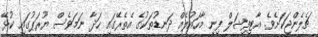
ޗެލެންޖަކަށެވެ. އާޓިފިޝަލް ފިނި މާހައުލެއް ދަނޑުތަކުގެ އެތެރޭގައި ހަދާ ނަމަވެސް ޔޫރަޕުގައި ކުޅޭ